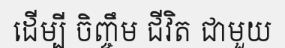
ដើម្បី ចិញ្ចឹម ជីវិត ជាមួយ